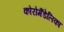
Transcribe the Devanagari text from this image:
कोरोमैंडेलिका